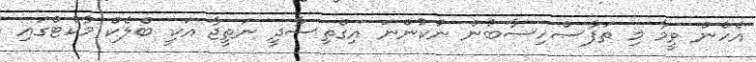
އެހެން ވީމާ މި ތަފާސްހިސާބުން ނުކުންނަ އިގްތިސާދީ ނަތީޖާ އަކީ ބްލެކް މާކެޓްގައި